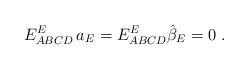
LaTeX: \begin{align*}E^E_{ABCD}\,a_E= E^E_{ABCD}\hat\beta_E=0\ .\end{align*}